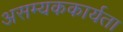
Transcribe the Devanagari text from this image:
असम्यककार्यता